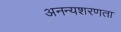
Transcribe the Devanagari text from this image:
अनन्यशरणता